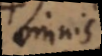
omnis